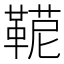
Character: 𩋪